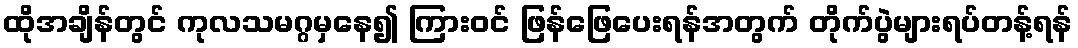
ထိုအချိန်တွင် ကုလသမဂ္ဂမှနေ၍ ကြားဝင် ဖြန်ဖြေပေးရန်အတွက် တိုက်ပွဲများရပ်တန့်ရန်